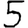
Digit: 5